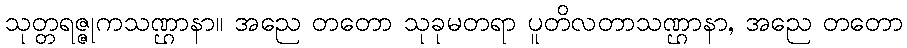
သုတ္တရဇ္ဇုကသဏ္ဌာနာ။ အညေ တတော သုခုမတရာ ပူတိလတာသဏ္ဌာနာ, အညေ တတော